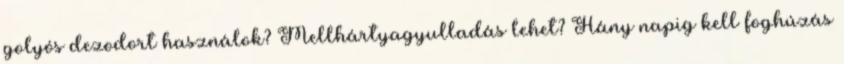
golyós dezodort használok? Mellhártyagyulladás lehet? Hány napig kell foghúzás